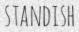
STANDISH